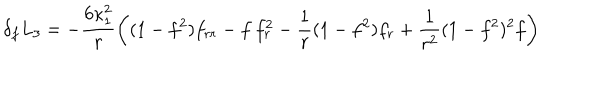
LaTeX: \delta _ { f } L _ { 3 } = - \frac { 6 \kappa _ { 1 } ^ { 2 } } { r } \left( ( 1 - f ^ { 2 } ) f _ { r r } - f \: f _ { r } ^ { 2 } - \frac { 1 } { r } ( 1 - f ^ { 2 } ) f _ { r } + \frac { 1 } { r ^ { 2 } } ( 1 - f ^ { 2 } ) ^ { 2 } f \right)